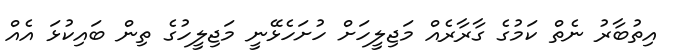
އިތުބާރު ނެތް ކަމުގެ ގާރާރެއް މަޖިލީހަށް ހުށަހެޅޭނީ މަޖިލީހުގެ ތިން ބައިކުޅަ އެއް